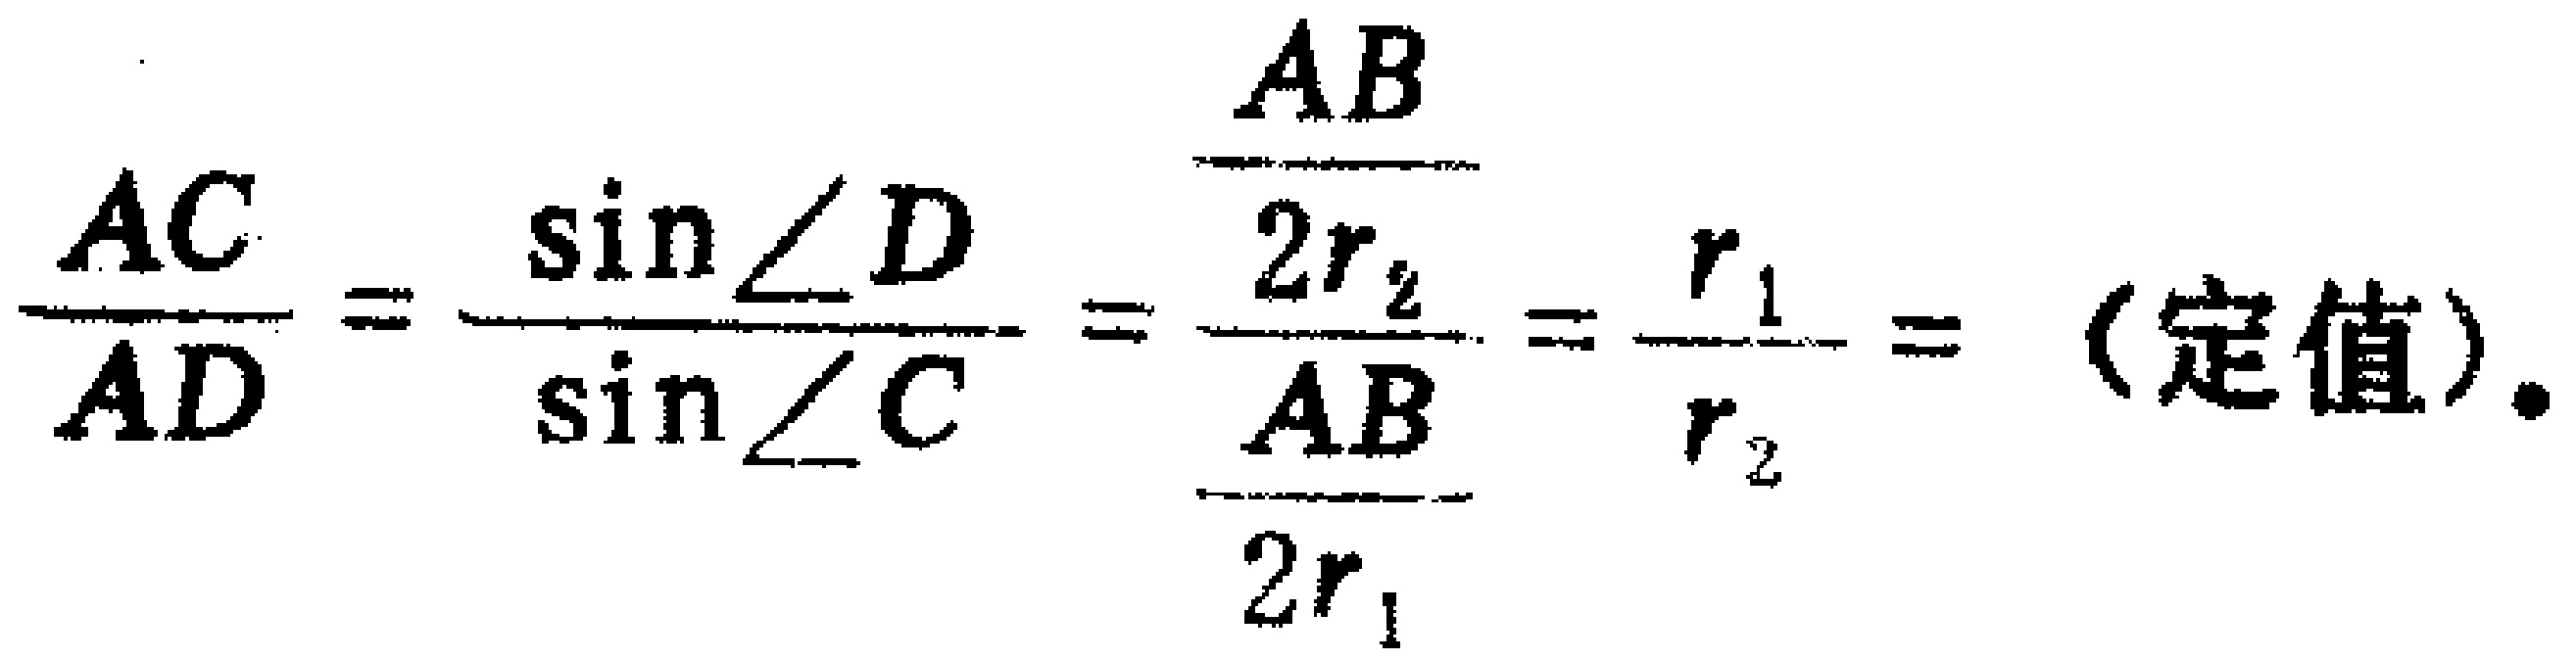
\(\frac{AC}{AD}=\frac{\sin\angle D}{\sin\angle C}=\frac{\frac{AB}{2r_{2}}}{\frac{AB}{2r_{1}}}=\frac{r_{1}}{r_{2}}=(\text{定值}).\)